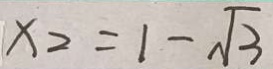
x _ { 2 } = 1 - \sqrt { 3 }